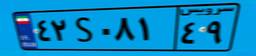
۳۴S۷۱۶۴۰